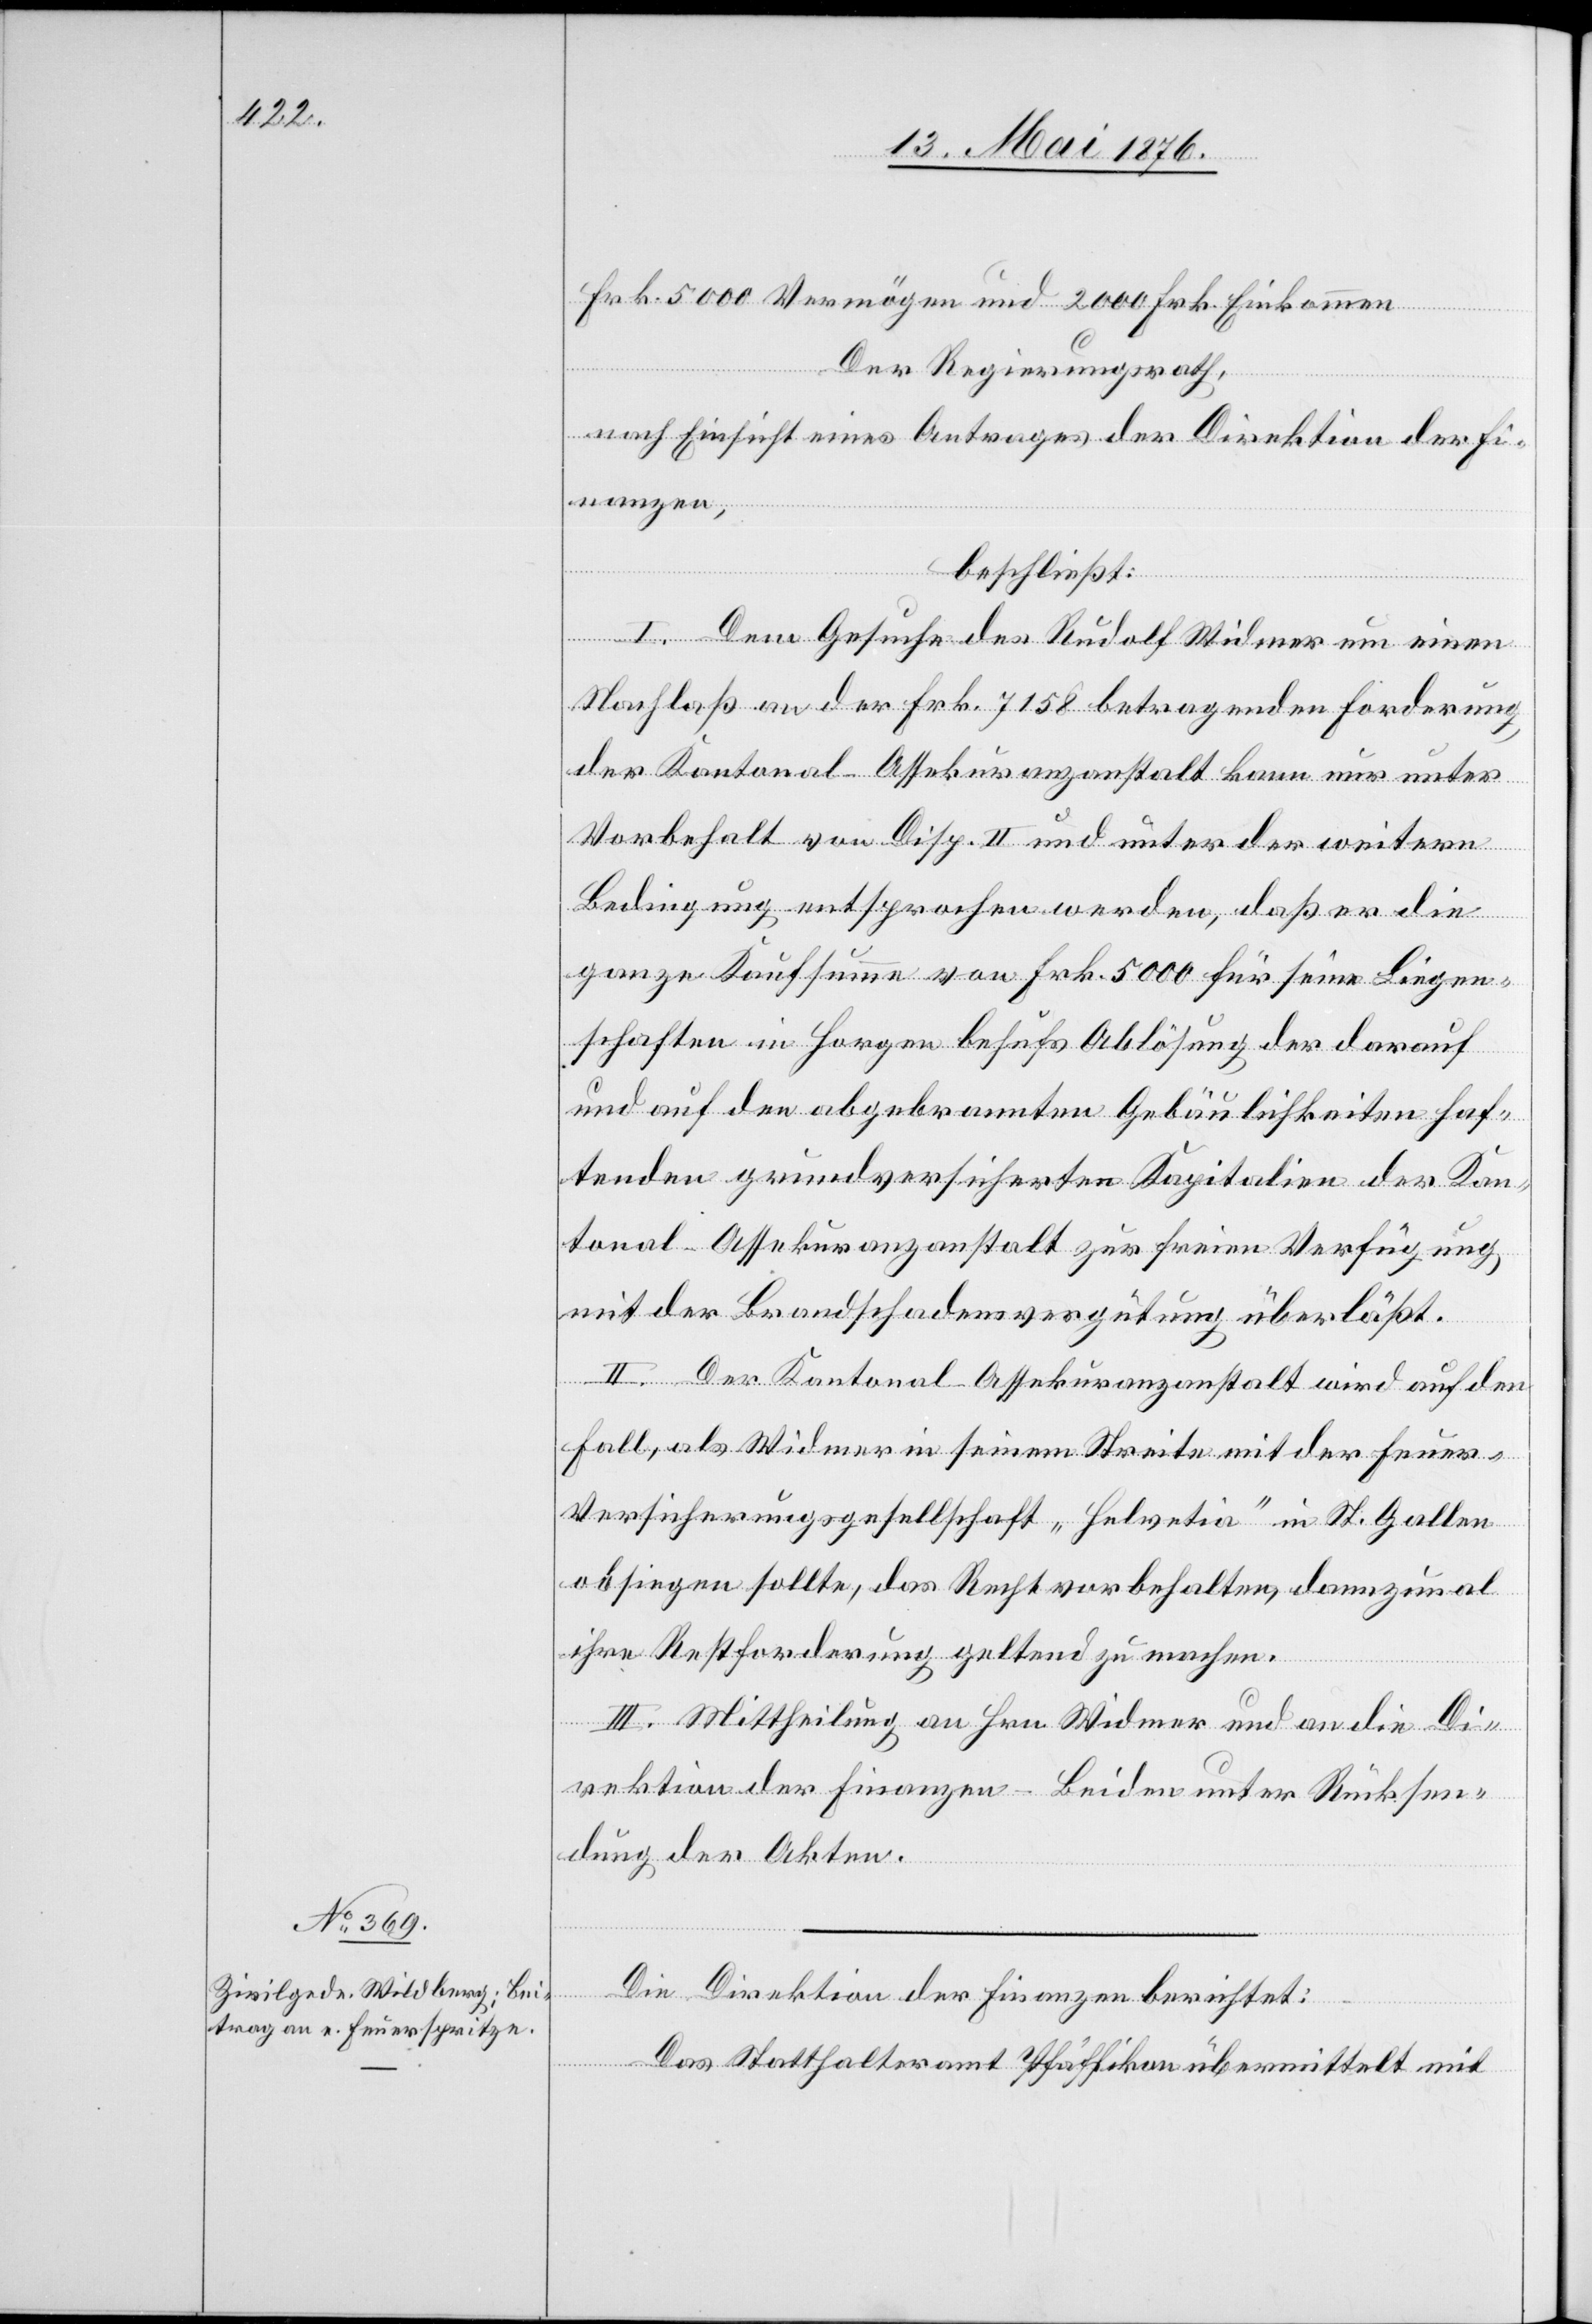
Frk. 5000 Vermögen und 2000 Frk. Einkommen.
Der Regierungsrath,
nach Einsicht eines Antrages der Direktion der Fi¬
nanzen,
beschließt:
I. Dem Gesuche des Rudolf Widmer um einen
Nachlaß an der Frk. 7158 betragenden Forderung
der Kantonal-Assekuranzanstalt kann nur unter
Vorbehalt von Disp. II und unter der weitern
Bedingung entsprochen werden, daß er die
ganze Kaufsumme von Frk. 5000 für seine Liegen¬
schaften in Horgen behufs Ablösung der darauf
und auf den abgebrannten Gebäulichkeiten haf¬
tenden grundversicherten Kapitalien der Kan¬
tonal-Assekuranzanstalt zur freien Verfügung
mit der Brandschadensvergütung überläßt.
II. Der Kantonal-Assekuranzanstalt wird auf den
Fall, als Widmer in seinem Streite mit der Feuer-V¬
ersicherungsgesellschaft „Helvetia“ in St. Gallen
obsiegen sollte, das Recht vorbehalten, dannzumal
ihre Restforderung gelten zu machen.
III. Mittheilung an Hrn. Widmer und an die Di¬
rektion der Finanzen – beiden unter Rücksen¬
dung der Akten.